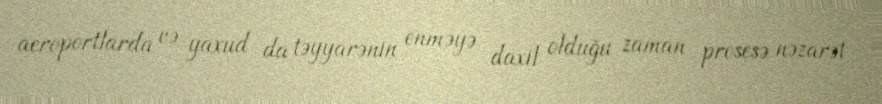
aeroportlarda və yaxud da təyyarənin enməyə daxil olduğu zaman prosesə nəzarət